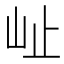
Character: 𭖇